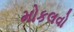
મોકલવો